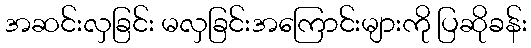
အဆင်းလှခြင်း မလှခြင်းအကြောင်းများကို ပြဆိုခန်း